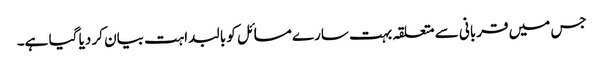
جس میں قربانی سے متعلقہ بہت سارے مسائل کو بالبداہت بیان کر دیا گیا ہے۔